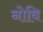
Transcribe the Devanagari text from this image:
नोवि